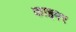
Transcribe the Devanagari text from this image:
काइमर